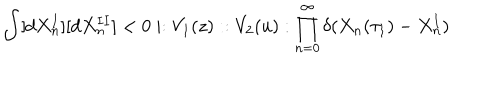
\int [ d X _ { n } ^ { I } ] [ d X _ { n } ^ { I I } ] < 0 \mid : V _ { 1 } ( z ) : : V _ { 2 } ( u ) : \prod _ { n = 0 } ^ { \infty } \delta ( X _ { n } ( \tau _ { 1 } ) - X _ { n } ^ { I } )